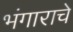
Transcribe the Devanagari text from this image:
भंगाराचे